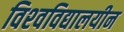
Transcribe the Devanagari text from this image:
विश्‍वविद्यालयीन